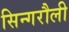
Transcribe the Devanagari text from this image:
सिन्गरौली